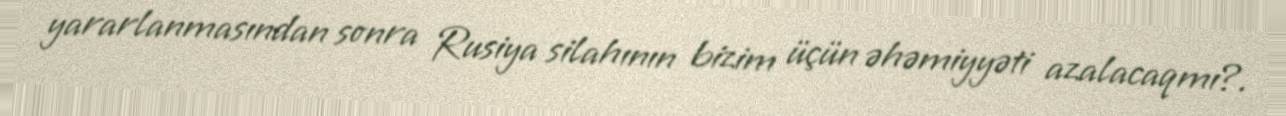
yararlanmasından sonra Rusiya silahının bizim üçün əhəmiyyəti azalacaqmı?.